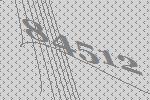
84512